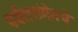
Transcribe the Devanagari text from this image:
पर्वतरांगेमधे